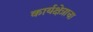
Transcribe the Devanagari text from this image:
कार्यक्षेत्राचा